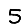
Digit: 5